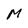
Character: M